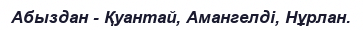
Абыздан - Қуантай, Амангелді, Нұрлан.